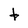
Character: t